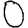
Digit: 0